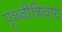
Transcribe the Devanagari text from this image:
पृथ्वीशिवाय